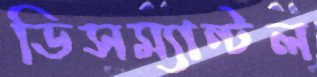
ডিসম্যান্টল